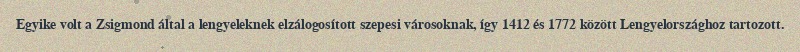
Egyike volt a Zsigmond által a lengyeleknek elzálogosított szepesi városoknak, így 1412 és 1772 között Lengyelországhoz tartozott.